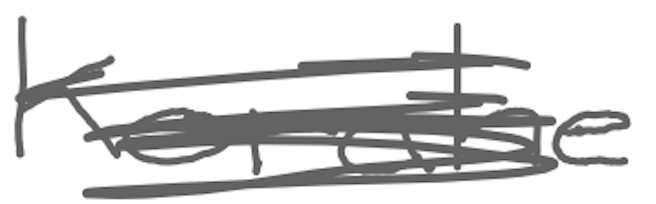
Text: Korahe
Cross-out: scratch
Writing tool: digital_gray